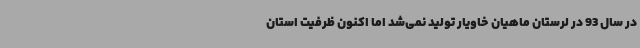
در سال 93 در لرستان ماهیان خاویار تولید نمی‌شد اما اکنون ظرفیت استان